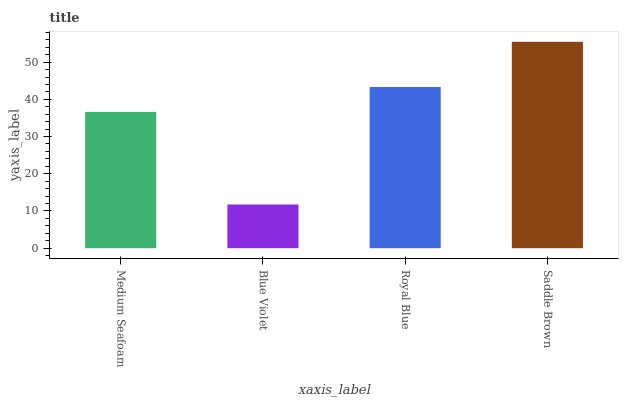
| xaxis_label | bars |
 | --- | --- |
 | Medium Seafoam | 36.6 |
 | Blue Violet | 11.7 |
 | Royal Blue | 43.3 |
 | Saddle Brown | 55.5 |